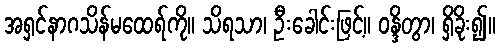
အရှင်နာဂသိန်မထေရ်ကို။ သိရသာ၊ ဦးခေါင်းဖြင့်။ ဝန္ဒိတွာ၊ ရှိခိုး၍။